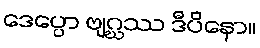
ဒေပ္ပော ဗျဂ္ဃဿ ဒီပိနော။